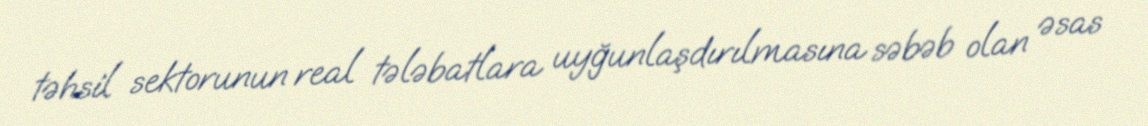
təhsil sektorunun real tələbatlara uyğunlaşdırılmasına səbəb olan əsas